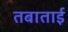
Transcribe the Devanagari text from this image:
तबाताई